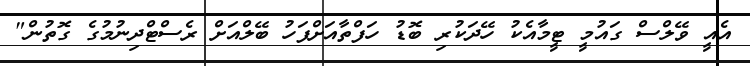
އެއީ ވޭލްސް ގައުމީ ޓީމާއެކު ހޭދަކުރި ބޮޑު ހަފްތާއަށްފަހު ބޭލްއަށް ރެސްޓްދިނުމުގެ ގޮތުން"